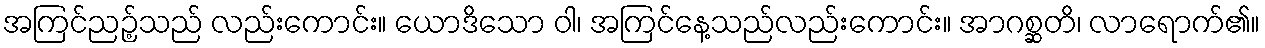
အကြင်ညဉ့်သည် လည်းကောင်း။ ယောဒိသော ဝါ၊ အကြင်နေ့သည်လည်းကောင်း။ အာဂစ္ဆတိ၊ လာရောက်၏။